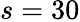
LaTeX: s=30